Sanitation, dispensaries and jails vaccination Rajputana 1922-1927 - 1922-1927
Year: 1922
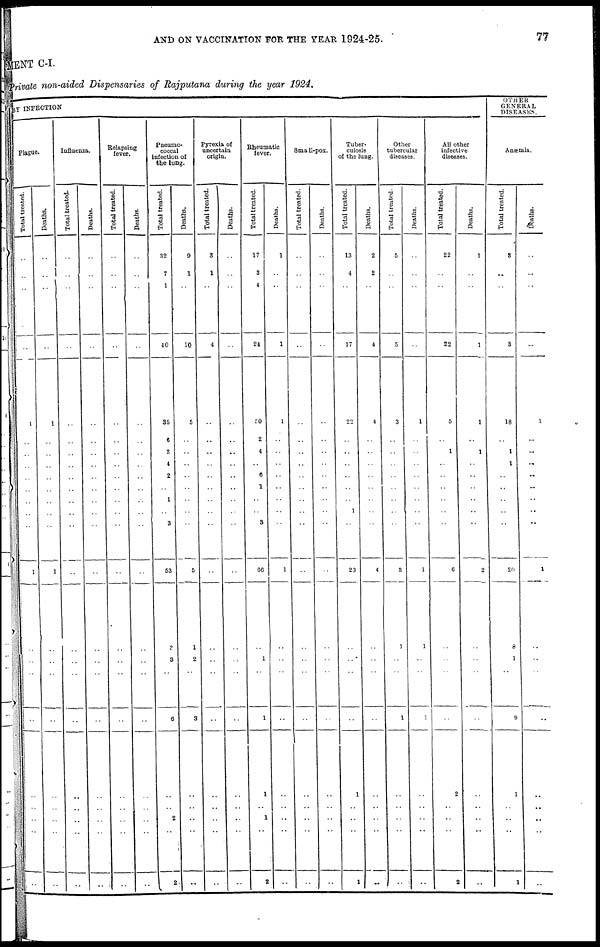
AND ON VACCINATION FOR THE YEAR 1924-25.
77
MENT C-I.
Private non-aided Dispensaries of Rajputana during the year 1924.
BY INFECTION
Plague.
Total treated.
..
..
..
..
1
..
..
..
..
..
..
..
..
1
..
..
..
..
..
..
..
..
..
Deaths.
..
..
..
..
1
..
..
..
..
..
..
..
..
1
..
..
..
..
..
..
..
..
..
Influenza.
Total treated.
..
..
..
..
..
..
..
..
..
..
..
..
..
..
..
..
..
..
..
..
..
..
..
Deaths.
..
..
..
..
..
..
..
..
..
..
..
..
..
..
..
..
..
..
..
..
..
..
..
Relapsing
fever.
Total treated.
..
..
..
..
..
..
..
..
..
..
..
..
..
..
..
..
..
..
..
..
..
..
..
Deaths.
..
..
..
..
..
..
..
..
..
..
..
..
..
..
..
..
..
..
..
..
..
..
..
Pneumo¬
coccal
infection of
the lung.
Total treated.
32
7
1
40
35
6
2
4
2
..
1
..
3
53
3
3
..
6
..
..
2
..
2
Deaths.
9
1
..
10
5
..
..
..
..
..
..
..
..
5
1
2
..
3
..
..
..
..
..
Pyrexia of
uncertain
origin.
Total treated.
3
1
..
4
..
..
..
..
..
..
..
..
..
..
..
..
..
..
..
..
..
..
..
Deaths.
..
..
..
..
..
..
..
..
..
..
..
..
..
..
..
..
..
..
..
..
..
..
..
Rheumatic
fever.
Total treated.
17
3
4
24
50
2
4
..
6
1
..
..
3
66
..
1
..
1
1
..
1
..
2
Deaths.
1
..
..
1
1
..
..
..
..
..
..
..
..
1
..
..
..
..
..
..
..
..
..
Small-pox.
Total treated.
..
..
..
..
..
..
..
..
..
..
..
..
..
..
..
..
..
..
..
..
..
..
..
Deaths.
..
..
..
..
..
..
..
..
..
..
..
..
..
..
..
..
..
..
..
..
..
..
..
Tuber-
culosis
of the lung.
Total treated.
13
4
..
17
22
..
..
..
..
..
..
1
..
23
..
..
..
..
1
..
..
..
1
Deaths.
2
2
..
4
4
..
..
..
..
..
..
..
..
4
..
..
..
..
..
..
..
..
..
Other
tubercular
diseases.
Total treated.
5
..
..
5
3
..
..
..
..
..
..
..
..
3
1
..
..
1
..
..
..
..
..
Deaths.
..
..
..
..
1
..
..
..
..
..
..
..
..
1
1
..
..
1
..
..
..
..
..
All other
infective
diseases.
Total treated.
22
..
..
22
5
..
1
..
..
..
..
..
..
6
..
..
..
..
2
..
..
..
2
Deaths.
1
..
..
1
1
..
1
..
..
..
..
..
..
2
..
..
..
..
..
..
..
..
..
OTHER
GENERAL
DISEASES.
Anæmia.
Total treated.
8
..
..
3
18
..
1
1
..
..
..
..
..
20
8
1
..
9
1
..
..
..
1
Deaths.
..
..
..
..
1
..
..
..
..
..
..
..
..
1
..
..
..
..
..
..
..
..
..